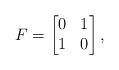
LaTeX: \begin{align*}F=\begin{bmatrix}0 & 1\\1 & 0\end{bmatrix},\end{align*}